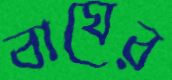
বাঘের